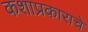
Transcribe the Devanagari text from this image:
कशाप्रकाराचे